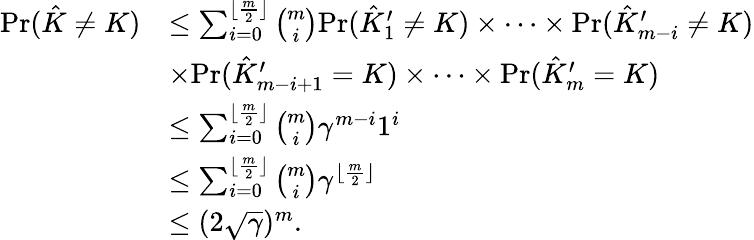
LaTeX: \begin{array}{rl}{\mathrm{Pr}(\hat{K}\neq K)}&{\leq\sum_{i=0}^{\lfloor\frac{m}{2}\rfloor}\binom{m}{i}\mathrm{Pr}(\hat{K}_{1}^{\prime}\neq K)\times\cdots\times\mathrm{Pr}(\hat{K}_{m-i}^{\prime}\neq K)}\\ &{\times\mathrm{Pr}(\hat{K}_{m-i+1}^{\prime}=K)\times\cdots\times\mathrm{Pr}(\hat{K}_{m}^{\prime}=K)}\\ &{\leq\sum_{i=0}^{\lfloor\frac{m}{2}\rfloor}\binom{m}{i}\gamma^{m-i}1^{i}}\\ &{\leq\sum_{i=0}^{\lfloor\frac{m}{2}\rfloor}\binom{m}{i}\gamma^{\lfloor\frac{m}{2}\rfloor}}\\ &{\leq(2\sqrt{\gamma})^{m}.}\end{array}